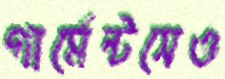
গার্মেন্টসেও